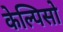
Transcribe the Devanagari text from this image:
केल्पिसो